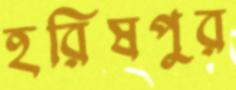
হরিষপুর